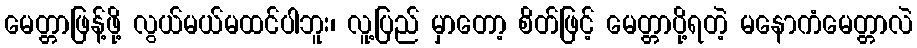
မေတ္တာဖြန့်ဖို့ လွယ်မယ်မထင်ပါဘူး၊ လူ့ပြည် မှာတော့ စိတ်ဖြင့် မေတ္တာပို့ရတဲ့ မနောကံမေတ္တာလဲ